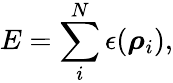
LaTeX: E=\sum_{i}^{N}\epsilon(\boldsymbol{\mathbf{\rho}}_{i}),